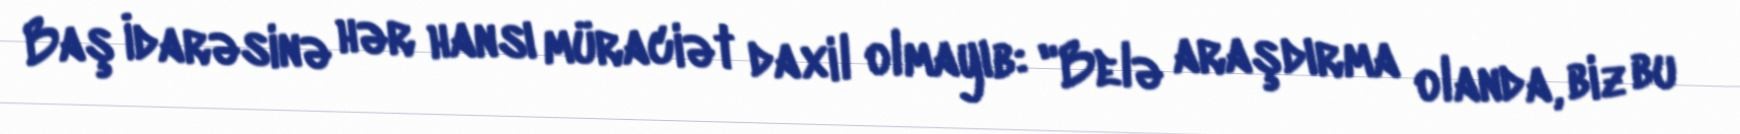
Baş İdarəsinə hər hansı müraciət daxil olmayıb: "Belə araşdırma olanda, biz bu